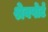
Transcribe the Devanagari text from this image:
श्रेवपोर्ट